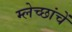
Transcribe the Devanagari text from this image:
म्लेच्छांचें